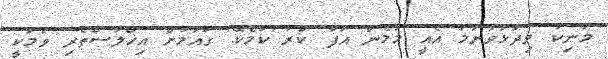
މަނިކު ވިދާޅުވާނަމަ އެއީ މަމެން އުފާ ކުރާ ކަމެކޭ. ގައުމަށް އިޚްލާސްތެރި ވުމަކީ